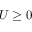
U \ge 0